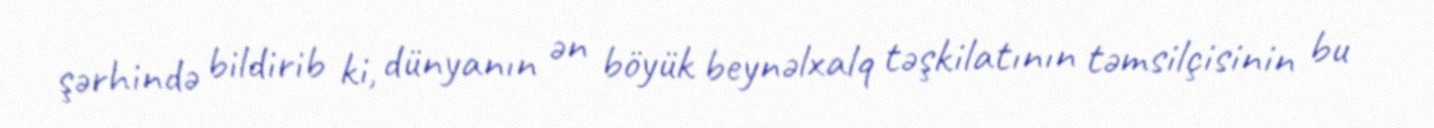
şərhində bildirib ki, dünyanın ən böyük beynəlxalq təşkilatının təmsilçisinin bu